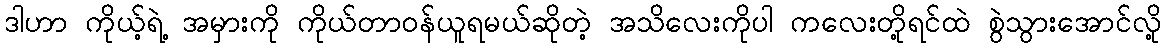
ဒါဟာ ကိုယ့်ရဲ့ အမှားကို ကိုယ်တာဝန်ယူရမယ်ဆိုတဲ့ အသိလေးကိုပါ ကလေးတို့ရင်ထဲ စွဲသွားအောင်လို့